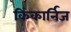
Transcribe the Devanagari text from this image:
किंकार्निज